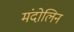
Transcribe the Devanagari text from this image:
मंदोलिन